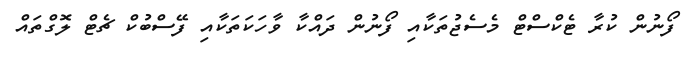
ފޯނުން ކުރާ ޓެކްސްޓް މެސެޖުތަކާއި ފޯނުން ދައްކާ ވާހަކަތަކާއި ފޭސްބުކް ޗެޓް ލޮގްތައް